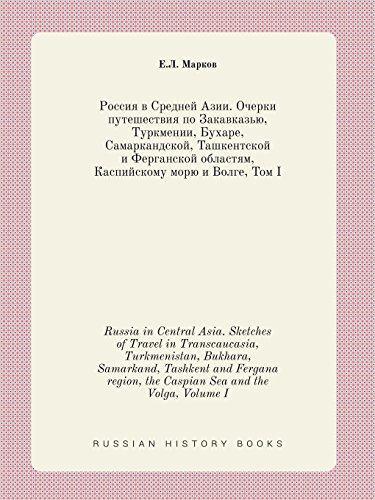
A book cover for Russia in Central Asia. Sketches of Travel in Transcaucasia, Turkmenistan, Bukhara, Samarkand, Tashkent and Fergana region, the Caspian Sea and the Volga, Volume I (Russian Edition); E.L. Markov; Travel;